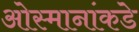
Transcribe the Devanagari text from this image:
ओस्मानांकडे